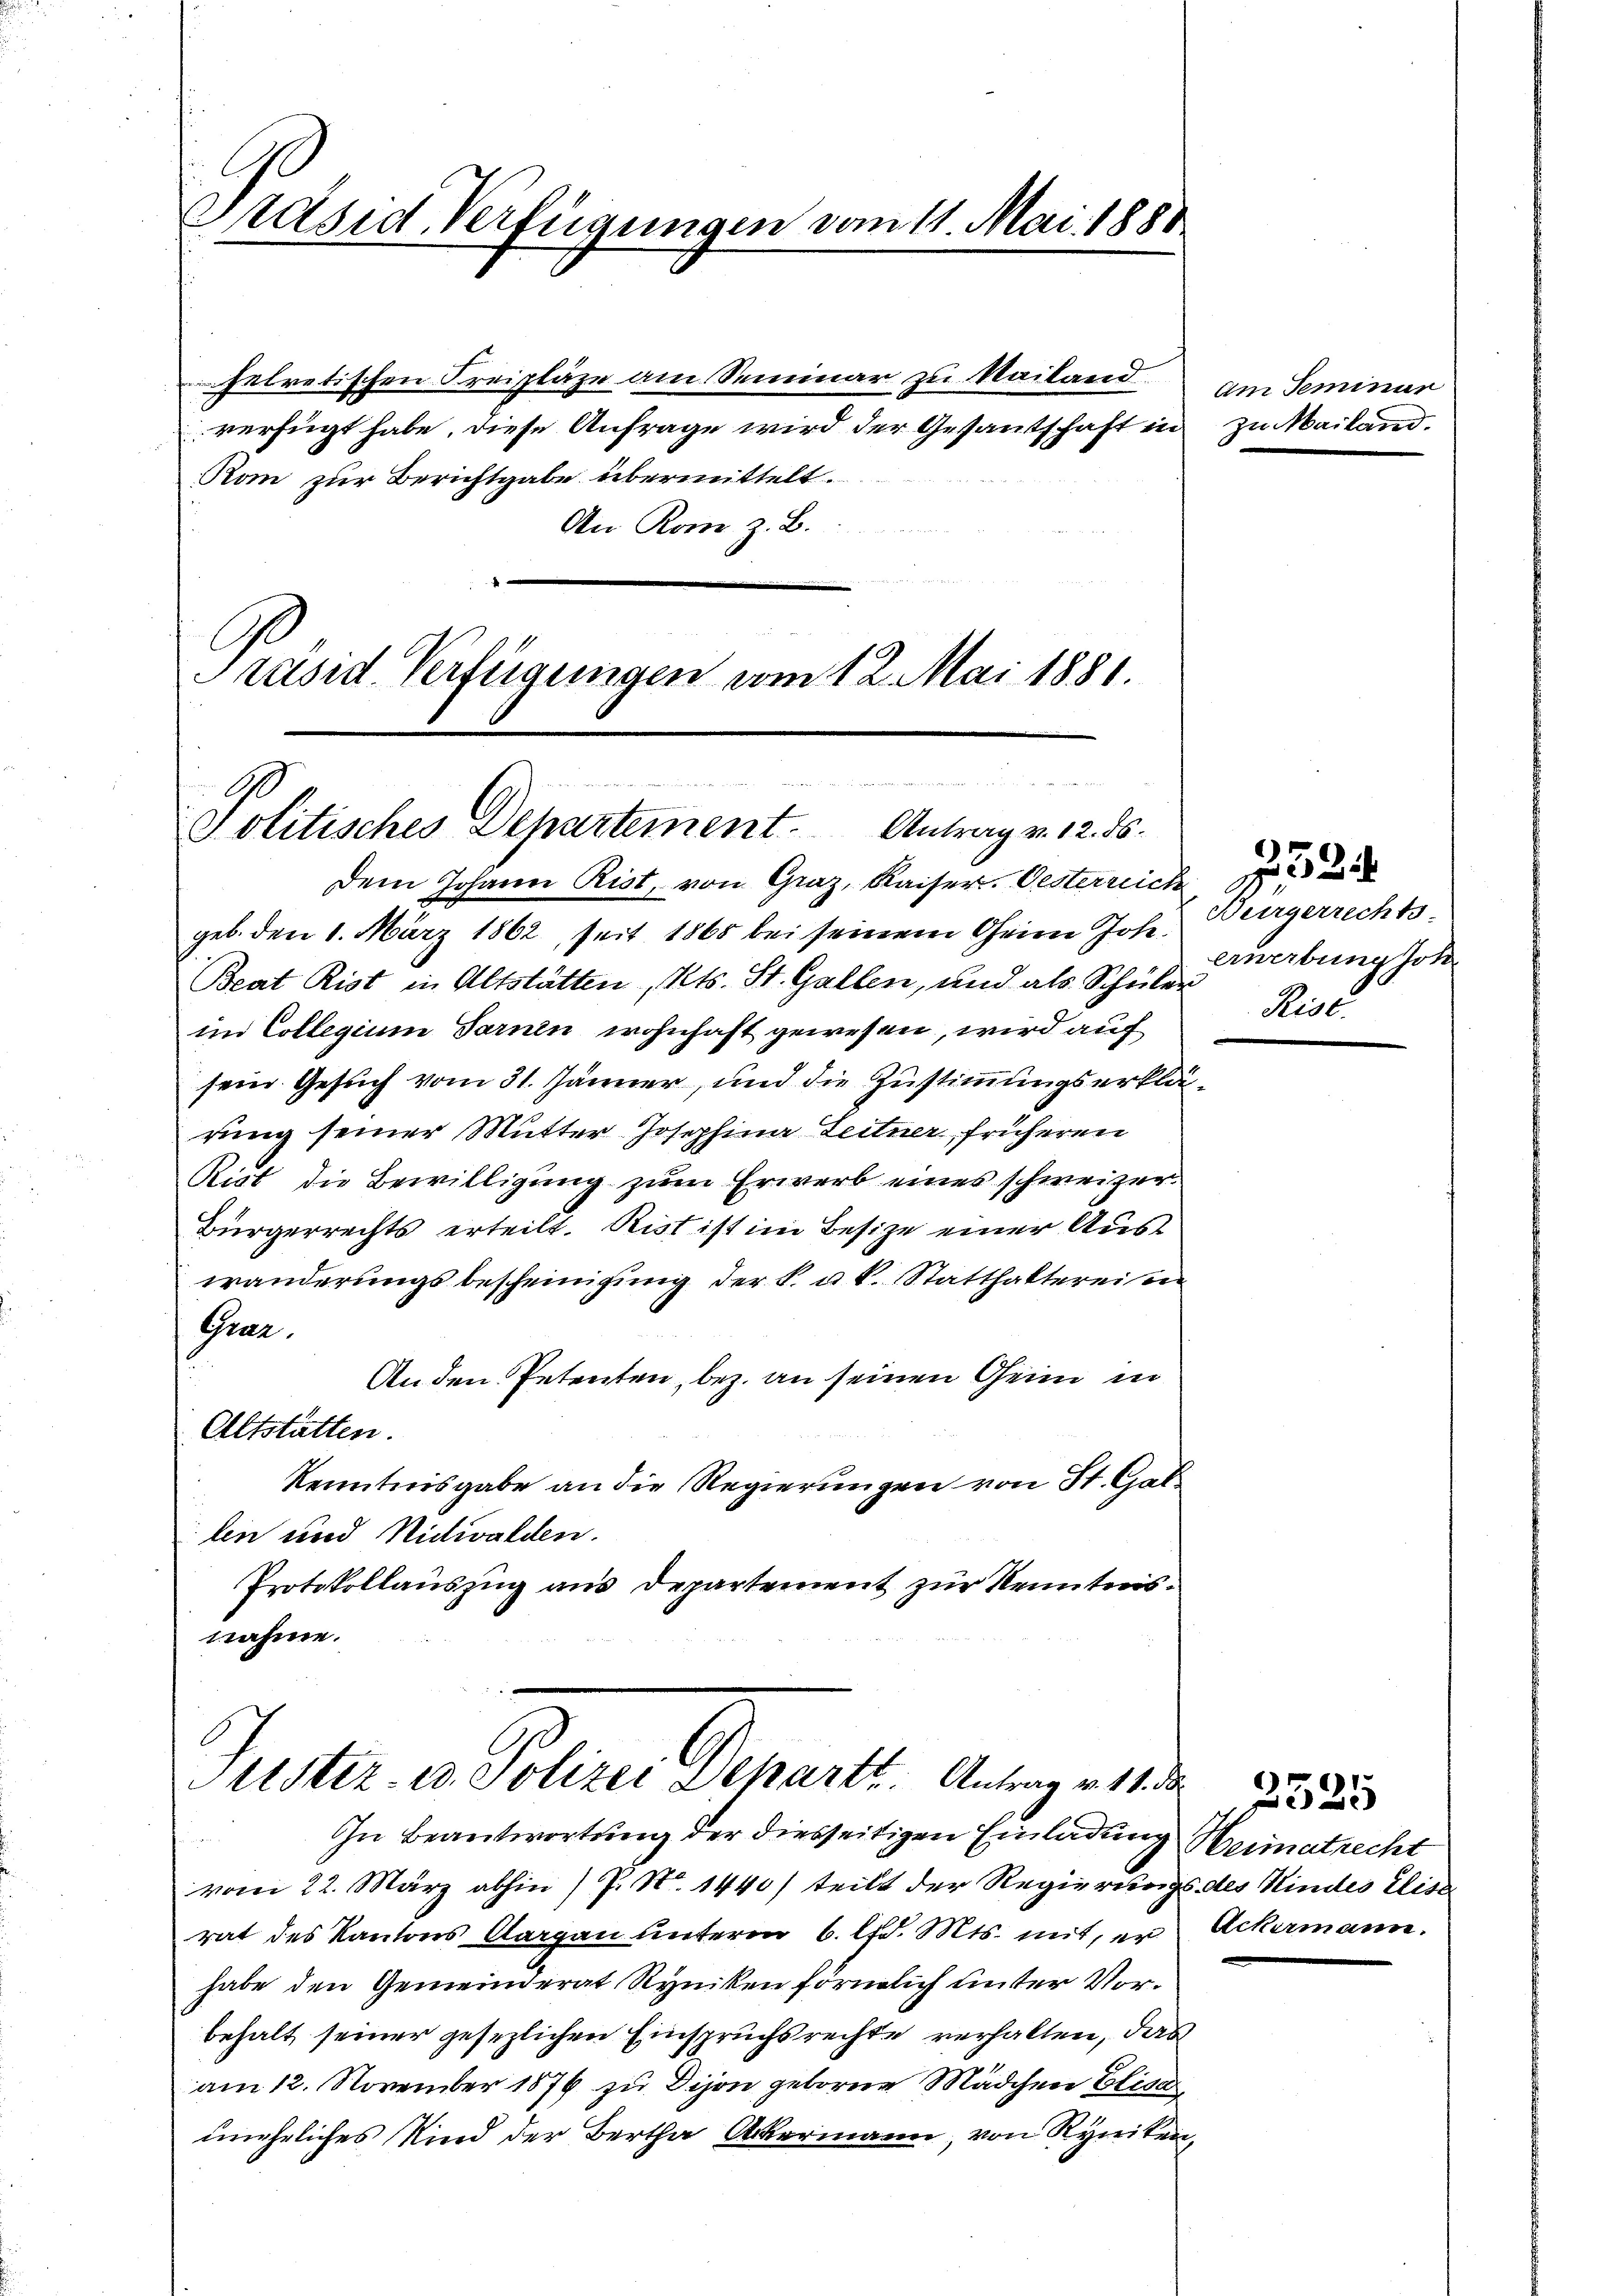
Präsid. Verfügungen vom 11. Mai 1888

pelretischen Freipläge am Seminar zu Mailand
verfügt habe, diese Anfrage wird der Gesantschaft in zu Mailand.
Rom zur Berichtgabe übermittelt.
An Rom z. B.
Präsid. Verfügungen vom 12. Mai 1881.

Politisches Departement. Antrag v. 12. ds.

Justiz- u. Polizei Departt. Antrag v. 11. d

Dem Johann Rist, von Graz, Kaiser. Oesterreiche
geb. den 1. März 1862, seit 1868 bei seinem Geime Joh.
Beat Rist in Altstätten, Kts. St. Gallen, und als Schüler
im Collegium Sarnen wohnhaft gewesen, wird auf
sein Gesuch vom 31. Jänner, und die Zustimmungserklärung seiner Mutter Josephina Leitner früheren
Ript die Bewilligung zum Erwerb eines schweizer
Bürgerrechts erteilt. Rist ist im Besize einer Auswänderungsbescheinigung der k. u. k. Statthalterei in
Grar.
An den Petenten, bez. an seinen Geim in
Altstatten.
Kenntnisgabe an die Regierungen von St. Gallen und Nichtwalden.
Protokollauszug aus Departement zur Kenntensnahme.

In Beantwortung der diesseitigen Einladung Heimatrecht
vom 22. März abhin) P. Nr. 1440/ teilt der Regierungs des Hindes Elise
rat des Kantons Aargau unterm 6. lfd. Mts. mit, er Ackermann.
habe den Gemeinderat Ryniken förmlich unter Vorbehalt seiner gesezlichen Einspruchsrechte verhalten, das
am 12. November 1876 zu Dijon geborne Mädchen Elisa
uneheliches Kind der Bertha Ackermann, von Ryniten,

am Seminar

2324
Bürgerrechts-
erwerbung Joh
Rist

2521